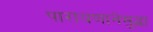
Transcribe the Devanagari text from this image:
पारायणानेसुद्धा